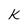
Character: K